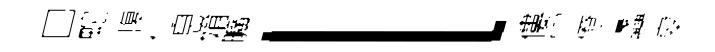
□蛇愎仁息姢曠l僂穴僚蠡皋